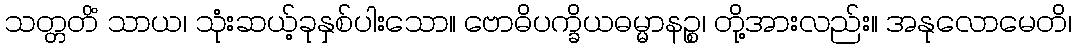
သတ္တတိံ သာယ၊ သုံးဆယ့်ခုနှစ်ပါးသော။ ဗောဓိပက္ခိယဓမ္မာနဉ္စ၊ တို့အားလည်း။ အနုလောမေတိ၊